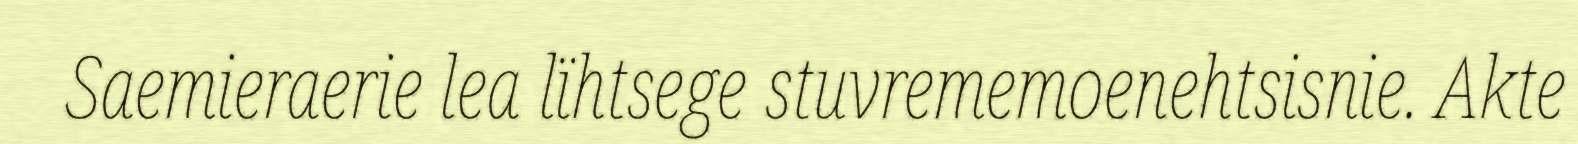
Saemieraerie lea lïhtsege stuvrememoenehtsisnie. Akte